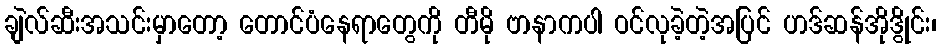
ချဲလ်ဆီးအသင်းမှာတော့ တောင်ပံနေရာတွေကို တီမို ဗာနာကပါ ဝင်လုခဲ့တဲ့အပြင် ဟဒ်ဆန်အိုဒွိုင်း၊